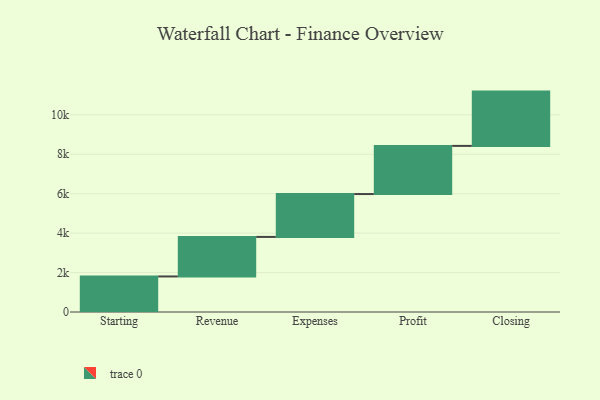
{"axis": {"x": "Step", "y": "Value"}, "legend": [""], "data": [{"x": "Starting", "y": 1803.0, "type": ""}, {"x": "Revenue", "y": 2005.0, "type": ""}, {"x": "Expenses", "y": 2175.0, "type": ""}, {"x": "Profit", "y": 2442.0, "type": ""}, {"x": "Closing", "y": 2754.0, "type": ""}]}